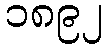
၁၈၉၂